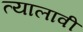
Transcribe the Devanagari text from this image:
त्यालावी